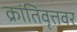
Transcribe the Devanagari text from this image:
क्रांतिवृत्तवर